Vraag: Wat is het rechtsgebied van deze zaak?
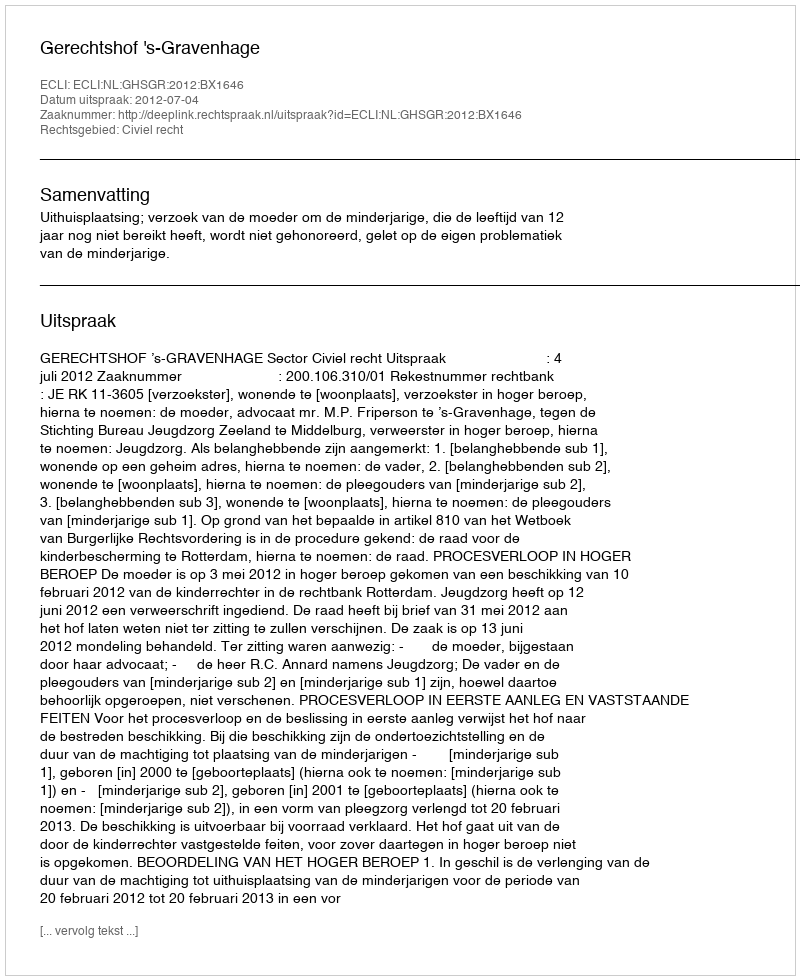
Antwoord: Civiel recht